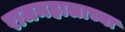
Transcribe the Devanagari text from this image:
राजमहालाच्या